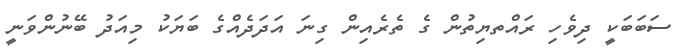
ސަބަބަކީ ދިވެހި ރައްތޔިތުން ގެ ތެރެއިން ގިނަ އަދަދެއްގެ ބަޔަކު މިއަދު ބޭނުންވަނީ